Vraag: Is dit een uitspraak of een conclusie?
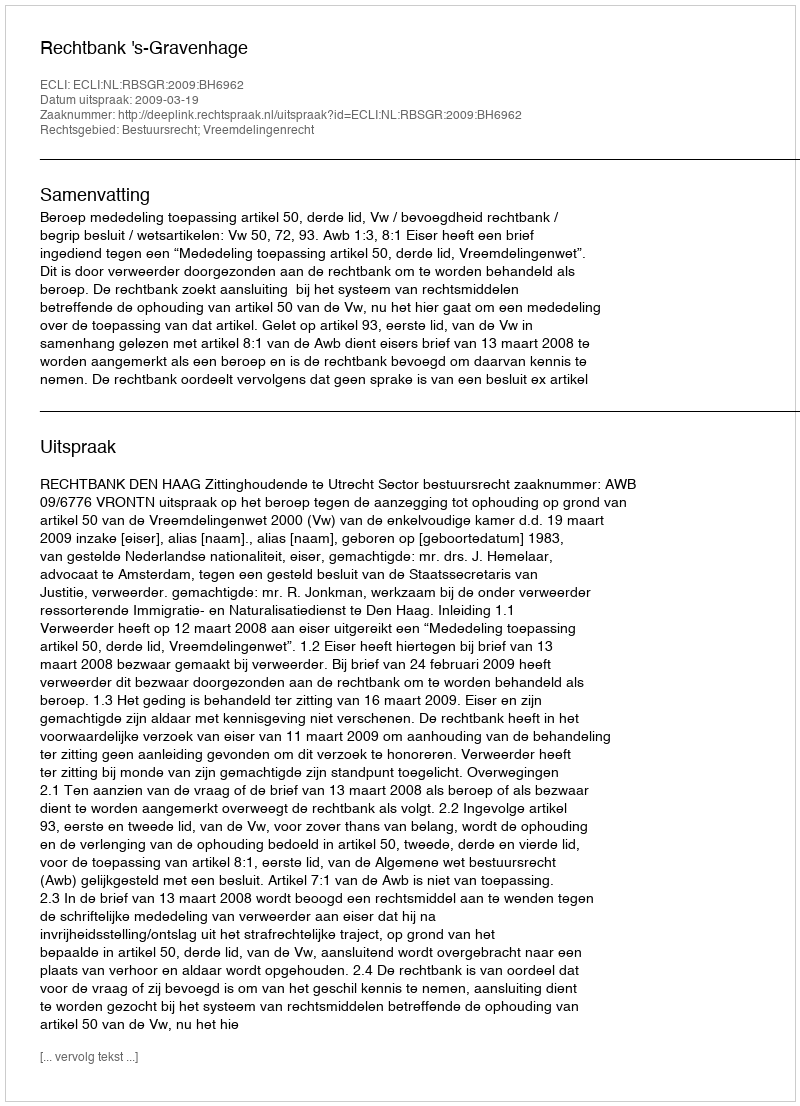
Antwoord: Uitspraak